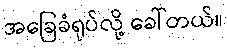
အခြေခံရုပ်လို့ ခေါ်တယ်။